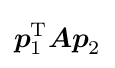
{\boldsymbol {p}}_{1}^{\mathrm {T} }{\boldsymbol {Ap}}_{2}